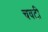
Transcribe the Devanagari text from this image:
चवटी